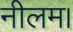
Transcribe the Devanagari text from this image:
नीलम।